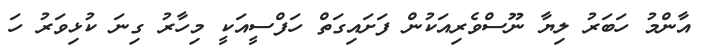
އާންމު ހަބަރު ލިޔާ ނޫސްވެރިއަކުން ފަށައިގަތް ހަފްސީއަކީ މިހާރު ގިނަ ކުޅިވަރު ހަ